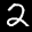
Label: 2